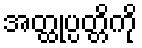
အတ္ထုပ္ပတ္တိကို